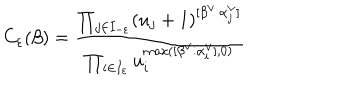
LaTeX: C _ { \varepsilon } ( \beta ) = \frac { \prod _ { j \in I _ { - \varepsilon } } ( u _ { j } + 1 ) ^ { [ \beta ^ { \vee } : \alpha _ { j } ^ { \vee } ] } } { \prod _ { i \in I _ { \varepsilon } } u _ { i } ^ { \max ( [ \beta ^ { \vee } : \alpha _ { i } ^ { \vee } ] , 0 ) } }